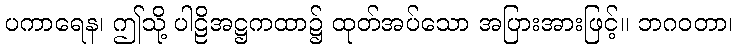
ပကာရေန၊ ဤသို့ ပါဠိအဋ္ဌကထာ၌ ထုတ်အပ်သော အပြားအားဖြင့်။ ဘဂဝတာ၊